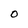
Character: O